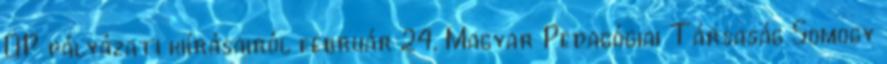
OP pályázati kiírásairól február 24. Magyar Pedagógiai Társaság Somogy